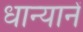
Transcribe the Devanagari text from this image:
धान्यानें